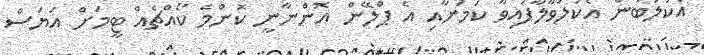
އެކުލަބުން އެކުލަވާލާފައިވާ ކަމަށާއި އެ ޕްލޭން އޮންނާނީ ކޮންމެ ކޯއްޗެއް ޓީމަށް އަޔަސް